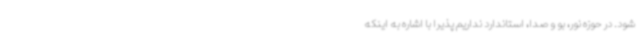
شود. در حوزه نور، بو و صدا، استاندارد نداریم پذیرا با اشاره به اینکه